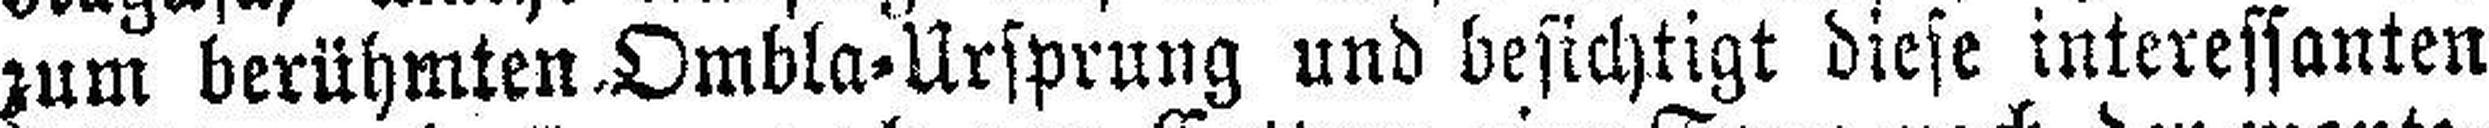
zum berühmten. Ombla-Ursprung und besichtigt diese interessanten